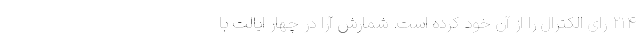
۲۱۴ رای الکترال را از آن خود کرده است. شمارش آرا در چهار ایالت با